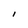
Character: I